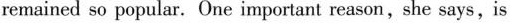
remained so popular.One important reason,she says,is